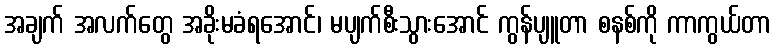
အချက် အလက်တွေ အခိုးမခံရအောင်၊ မပျက်စီးသွားအောင် ကွန်ပျူတာ စနစ်ကို ကာကွယ်တာ